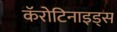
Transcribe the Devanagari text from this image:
कॅरोटिनाइड्स